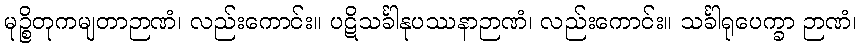
မုဉ္စိတုကမျတာဉာဏံ၊ လည်းကောင်း။ ပဋိသင်္ခါနုပဿနာဉာဏံ၊ လည်းကောင်း။ သင်္ခါရုပေက္ခာ ဉာဏံ၊